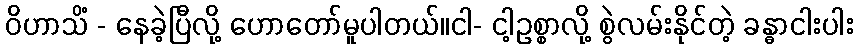
ဝိဟာသိံ - နေခဲ့ပြီလို့ ဟောတော်မူပါတယ်။ငါ- ငါ့ဥစ္စာလို့ စွဲလမ်းနိုင်တဲ့ ခန္ဓာငါးပါး